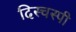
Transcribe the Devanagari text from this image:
दिस्चस्पी